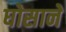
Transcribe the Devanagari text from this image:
घोसाने